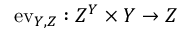
\mathrm { e v } _ { Y , Z } : Z ^ { Y } \times Y \to Z